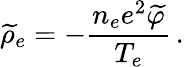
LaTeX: \widetilde{\rho}_{e}=-\frac{n_{e}e^{2}\widetilde{\varphi}}{T_{e}}\, .